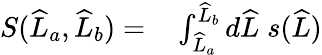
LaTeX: \begin{array}{rlr}{S(\widehat{L}_{a},\widehat{L}_{b})=}&{{}\int_{\widehat{L}_{a}}^{\widehat{L}_{b}}d\widehat{L}\; s(\widehat{L})}\end{array}